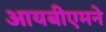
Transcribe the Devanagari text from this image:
आयबीएमने